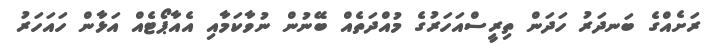
ރަށެއްގެ ބަނދަރު ހަދަން ތިރީސްއަހަރުގެ މުއްދަތެއް ބޭނުން ނުވާކަމާއި އެއާޕޯޓެއް އަޅާން ހައަހަރު